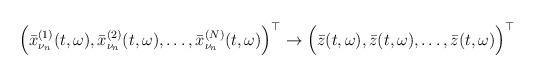
LaTeX: \begin{align*}\Big(\bar x_{\nu _n}^{(1)}(t,\omega ),\bar x_{\nu _n}^{(2)}(t,\omega),\dots ,\bar x_{\nu _n}^{(N)}(t,\omega )\Big)^{\top}\rightarrow\Big(\bar z(t,\omega ),\bar z(t,\omega ),\dots ,\bar z(t,\omega)\Big)^{\top}\end{align*}